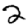
Digit: 2